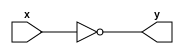
// Code your design here
module not_gate(
  input x,
  output y);
  not(y,x);
endmodule